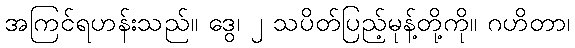
အကြင်ရဟန်းသည်။ ဒွေ၊ ၂ သပိတ်ပြည့်မုန့်တို့ကို။ ဂဟိတာ၊